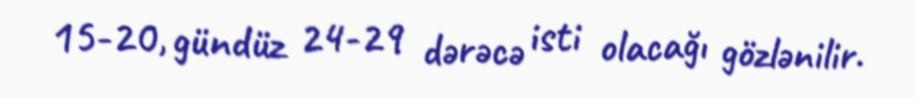
15-20, gündüz 24-29 dərəcə isti olacağı gözlənilir.